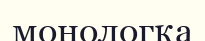
монологқа